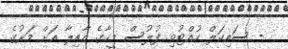
- ސައިކަލް ހުއްޓުވި ފުލުސް މީހާގެ އާއިލާ އަށް މަރުގެ